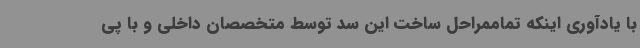
با یادآوری اینکه تماممراحل ساخت این سد توسط متخصصان داخلی و با پی